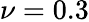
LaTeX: \nu=0.3